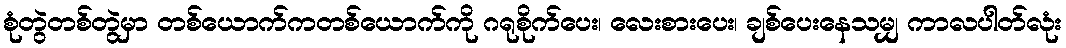
စုံတွဲတစ်တွဲမှာ တစ်ယောက်ကတစ်ယောက်ကို ဂရုစိုက်ပေး၊ လေးစားပေး၊ ချစ်ပေးနေသမျှ ကာလပါတ်လုံး